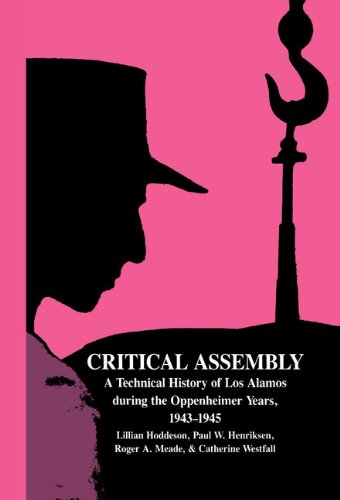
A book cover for Critical Assembly: A Technical History of Los Alamos during the Oppenheimer Years, 1943-1945; Lillian Hoddeson; Engineering & Transportation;